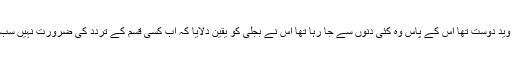
بجلی پہلوان کا ایک وید دوست تھا اس کے پاس وہ کئی دنوں سے جا رہا تھا اُس نے بجلی کو یقین دلایا کہ اب کسی قسم کے تردّد کی ضرورت نہیں سب ٹھیک ہو جائے گا۔